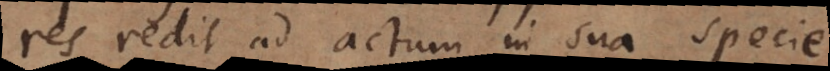
res redit ad actum in sua specie